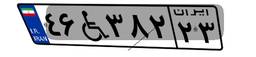
۴۶W۳۸۲۲۳